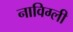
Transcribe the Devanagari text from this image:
नाविग्ली